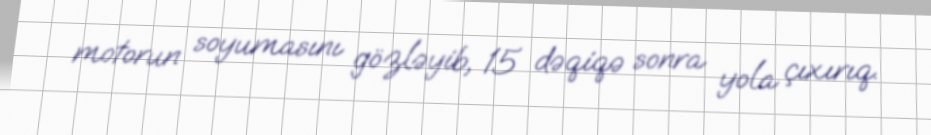
motorun soyumasını gözləyib, 15 dəqiqə sonra yola çıxırıq.